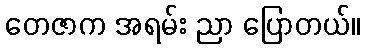
တေဇာက အရမ်း ညာ ပြောတယ်။